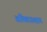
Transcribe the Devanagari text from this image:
अक्लिऊशान